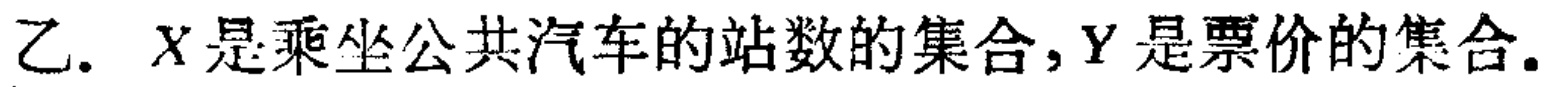
乙. \(X\)是乘坐公共汽车的站数的集合，\(Y\)是票价的集合.